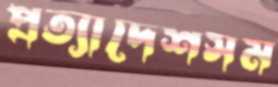
প্রত্যাদেশসম